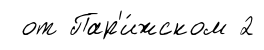
от Пар'и́жском 2